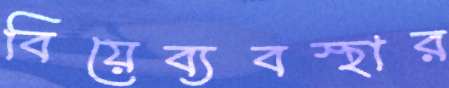
বিয়েব্যবস্থার